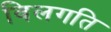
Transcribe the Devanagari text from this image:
विलगति